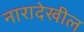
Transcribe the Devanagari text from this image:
नारादेखील